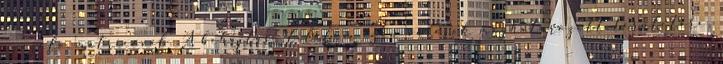
igazoló matricával. A behajtási tilalom ezen városok meghatározott területére,